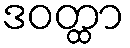
ဒဝတ္ထာ